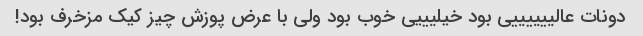
دونات عالییییییی بود خیلیییی خوب بود ولی با عرض پوزش چیز کیک مزخرف بود!